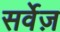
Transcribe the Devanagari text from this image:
सर्वेज़